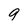
Character: 9